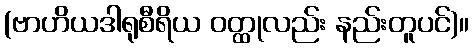
(ဗာဟိယဒါရုစီရိယ ဝတ္ထုလည်း နည်းတူပင်)။